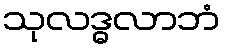
သုလဒ္ဓလာဘံ